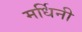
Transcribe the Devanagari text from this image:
मर्धिनी